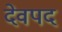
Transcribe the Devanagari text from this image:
देवपद